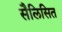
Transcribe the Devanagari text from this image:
सैलिसित